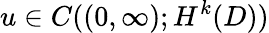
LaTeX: u\in C((0,\infty);H^{k}(D))